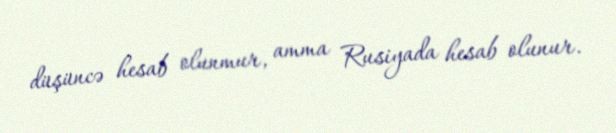
düşüncə hesab olunmur, amma Rusiyada hesab olunur.